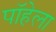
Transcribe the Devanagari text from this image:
पॉहेला